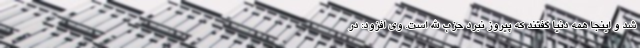
شد و اینجا همه دنیا گفتند که پیروز نبرد حزب الله است. وی افزود: در